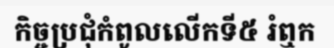
កិច្ចប្រជុំកំពូលលើកទី៥ រំឮក